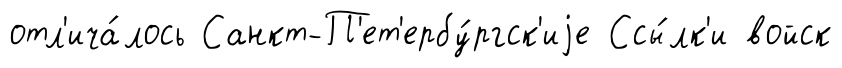
отл'ича́лось Санкт-П'ет'ербу́ргск'иjе Ссы́лк'и войск